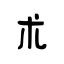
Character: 朮